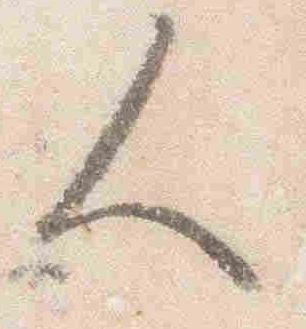
人